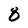
Character: 8